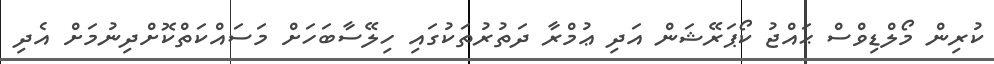
ކުރިން މޯލްޑިވްސް ޙައްޖު ކޯޕަރޭޝަން އަދި ޢުމްރާ ދަތުރުތަކުގައި ހިލޭސާބަހަށް މަސައްކަތްކޮށްދިނުމަށް އެދި